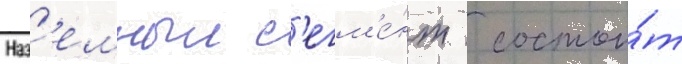
Наз'емныи с'егм'е́нт  состои́т